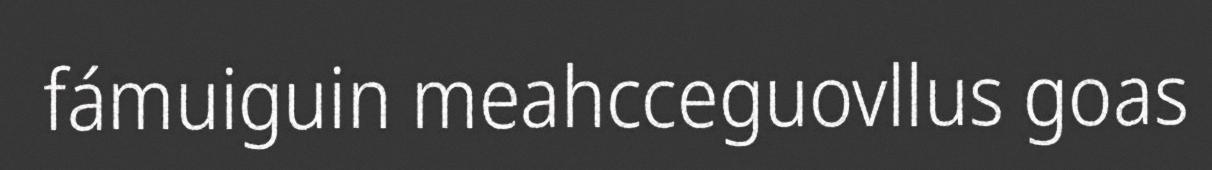
fámuiguin meahcceguovllus goas